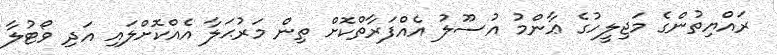
ރައްޔިތުންގެ މަޖިލީހުގެ ޢާންމު އުސޫލު އެއްފަރާތްކޮށް ތިން މަރުޙަލާ އެއްކޮށްލައި އަދި ވޯޓުލާ